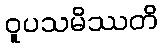
ဝူပသမိဿတိ